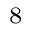
_ 8